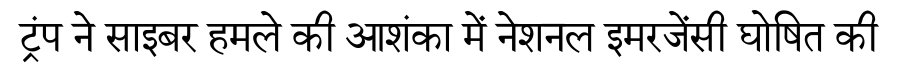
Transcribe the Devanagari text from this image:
ट्रंप ने साइबर हमले की आशंका में नेशनल इमरजेंसी घोषित की